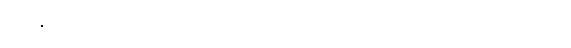
ဒေဿတုံ၊ ငှာ။ ယာ၊ ပေ။ အာဒိ၊ ကို။ (ဘဂဝတာ) ဝုတ္တံ။ တံ၊ ထို